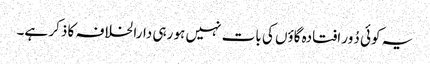
یہ کوئی دُور افتادہ گاؤں کی بات نہیں ہو رہی دارالخلافہ کا ذکر ہے۔